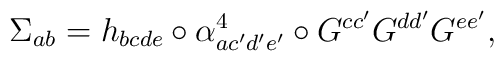
\Sigma_{ab} = h_{bcde} \circ \alpha_{ac' d' e'}^{4}\circ G^{cc'} G^{dd'} G^{ee'} ,